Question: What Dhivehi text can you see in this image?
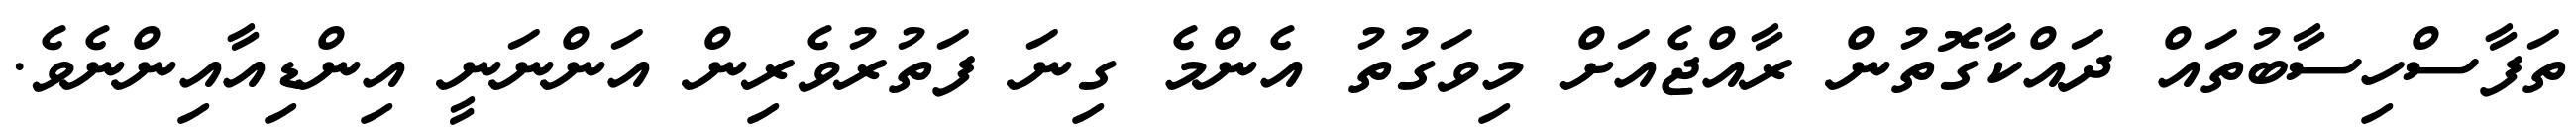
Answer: ތަފާސްހިސާބުތައް ދައްކާގޮތުން ރާއްޖެއަށް މިވަގުތު އެންމެ ގިނަ ފަތުރުވެރިން އަންނަނީ އިންޑިއާއިންނެވެ.